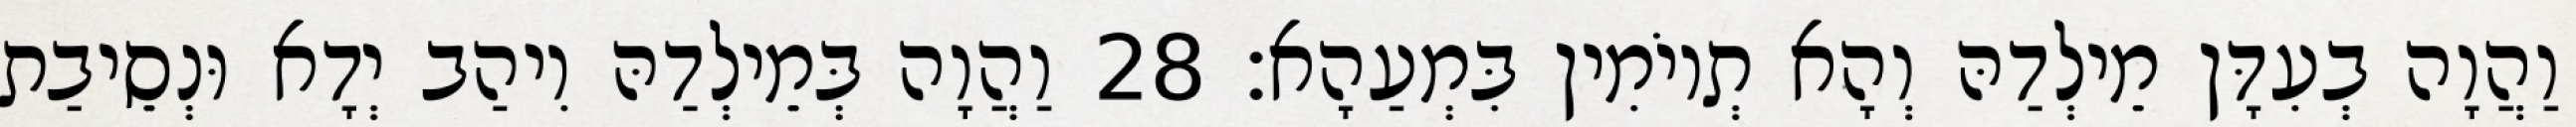
וַהֲוָה בְעִדָּן מֵילְדַהּ וְהָא תְיוֹמִין בִּמְעַהָא׃ 28 וַהֲוָה בְּמֵילְדַהּ וִיהַב יְדָא וּנְסֵיבַת